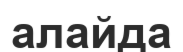
алайда